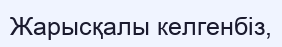
Жарысқалы келгенбіз,